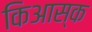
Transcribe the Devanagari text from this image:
किआस्क